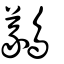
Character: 䴊